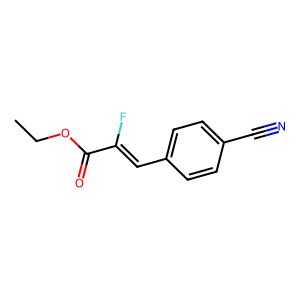
SMILES: CCOC(=O)C(F)=Cc1ccc(C#N)cc1
Inhibits HIV replication: No